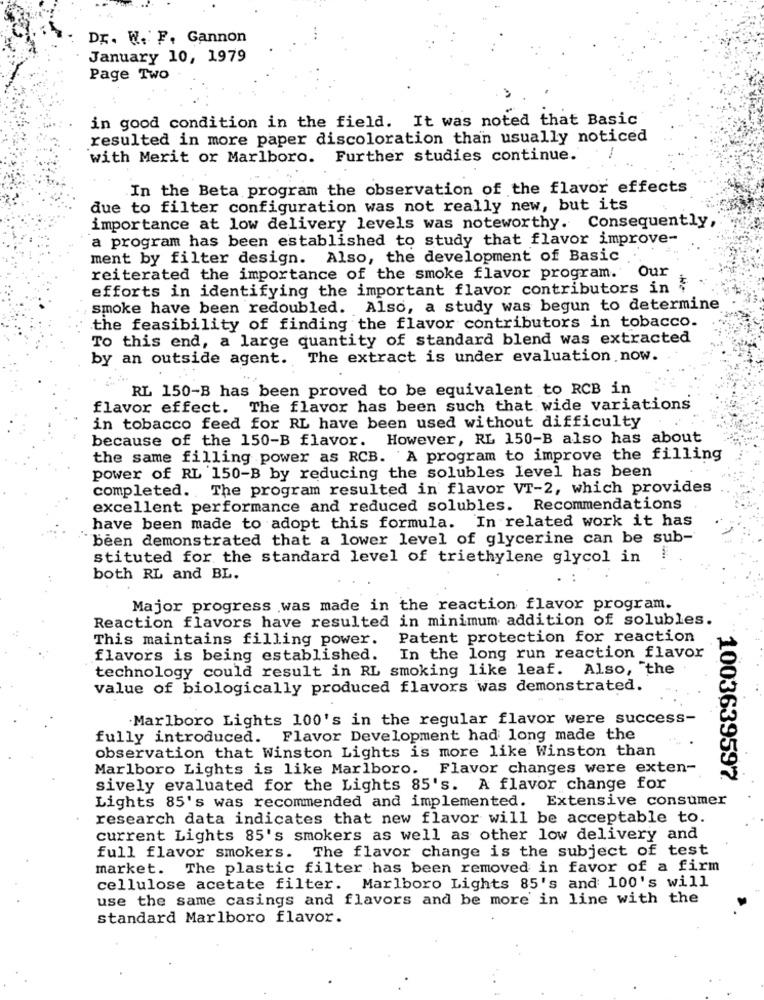
Dr. W. F. Gannon
January 10, 1979
Page Two
in good condition in the field. It was noted that Basic
resulted in more paper discoloration than usually noticed
with Merit or Marlboro. Further studies continue.
In the Beta program the observation of the flavor effects
due to filter configuration was not really new, but its
importance at low delivery levels was noteworthy. Consequently
a program has been established to study that flavor improve-
ment by filter design. Also, the development of Basic
Our
reiterated the importance of the smoke flavor program.
efforts in identifying the important flavor contributors in
smoke have been redoubled. Also, a study was begun to determine
the feasibility of finding the flavor contributors in tobacco.
To this end, a large quantity of standard blend was extracted
by an outside agent. The extract is under evaluation now.
RL 150-B has been proved to be equivalent to RCB in
flavor effect. The flavor has been such that wide variations
in tobacco feed for RL have been used without difficulty
because of the 150-B flavor. However, RL 150-B also has about
the same filling power as RCB. A program to improve the filling
power of RL 150-B by reducing the solubles level has been
completed. The program resulted in flavor VT-2, which provides
excellent performance and reduced solubles. Recommendations
have been made to adopt this formula. In related work it has
been demonstrated that a lower level of glycerine can be sub-
stituted for the standard level of triethylene glycol in
both RL and BL.
Major progress was made in the reaction flavor program.
Reaction flavors have resulted in minimum addition of solubles.
This maintains filling power. Patent protection for reaction
flavors is being established. In the long run reaction flavor
technology could result in RL smoking like leaf. Also, "the
value of biologically produced flavors was demonstrated.
Marlboro Lights 100's in the regular flavor were success-
fully introduced. Flavor Development had long made the
observation that Winston Lights is more like Winston than
Marlboro Lights is like Marlboro. Flavor changes were exten-
1003639597
sively evaluated for the Lights 85's. A flavor change for
Lights 85's was recommended and implemented. Extensive consumer
research data indicates that new flavor will be acceptable to.
current Lights 85's smokers as well as other low delivery and
The flavor change is the subject of test
full flavor smokers.
market. The plastic filter has been removed in favor of a firm
cellulose acetate filter. Marlboro Lights 85's and 100's will
use the same casings and flavors and be more in line with the
standard Marlboro flavor.